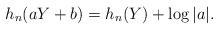
LaTeX: \begin{align*} h_n(aY+b) = h_n(Y) + \log|a|.\end{align*}